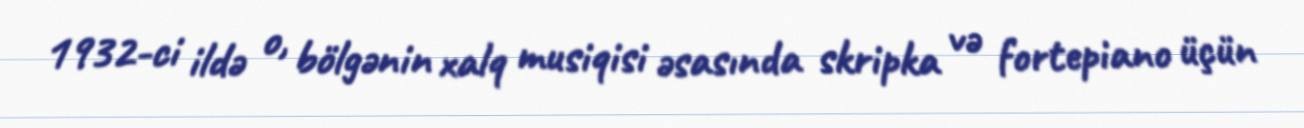
1932-ci ildə o, bölgənin xalq musiqisi əsasında skripka və fortepiano üçün